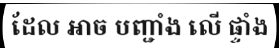
ដែល អាច បញ្ជាំង លើ ផ្ទាំង